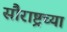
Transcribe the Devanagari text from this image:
सौराष्ट्रच्या